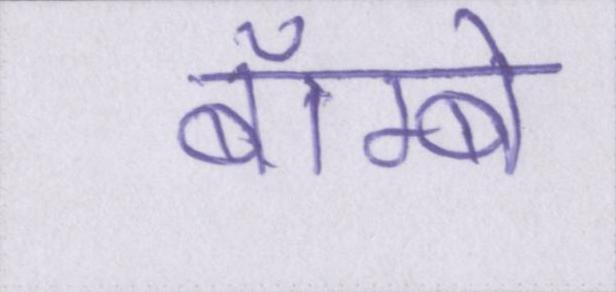
बॅाम्बे